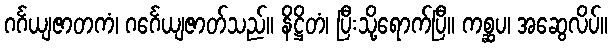
ဂင်္ဂယျဇာတကံ၊ ဂင်္ဂေယျဇာတ်သည်။ နိဋ္ဌိတံ၊ ပြီးသို့ရောက်ပြီ။ ကစ္ဆပ၊ အဆွေလိပ်။